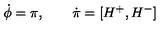
\dot { \phi } = \pi , \qquad \dot { \pi } = [ H ^ { + } , H ^ { - } ]